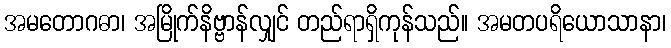
အမတောဂဓာ၊ အမြိုက်နိဗ္ဗာန်လျှင် တည်ရာရှိကုန်သည်။ အမတပရိယောသာနာ၊